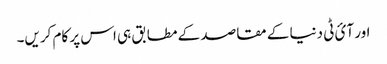
اور آئ ٹی دنیا کے مقاصد کے مطابق ہی اس پر کام کریں۔